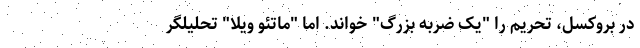
در بروکسل، تحریم را "یک ضربه بزرگ" خواند. اما "ماتئو ویلا" تحلیلگر